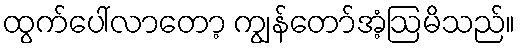
ထွက်ပေါ်လာတော့ ကျွန်တော်အံ့ဩမိသည်။